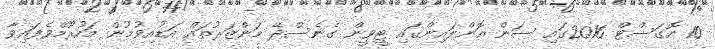
10 އޮގަސްޓް 2016ގައި ސަން އޮންލައިންގައި ޓީވީން ގެނެސްދޭ މަންޒަރުތައް އަޑުއިވުމުން މަހުރޫމްވެފައިވާ